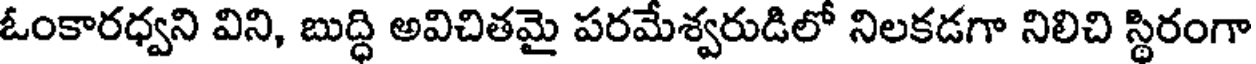
ఓంకారధ్వని విని, బుద్ధి అవిచితమై పరమేశ్వరుడిలో నిలకడగా నిలిచి స్థిరంగా